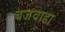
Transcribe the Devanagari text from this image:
बजवाडा